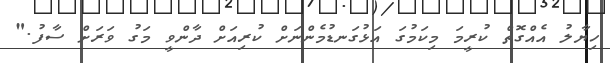
ހިޔާލު އެއްގޮތް ކުރީމަ މިކަމުގަ އަޅުގަނޑުމެންނަށް ކުރިއަށް ދާންވީ މަގު ވަރަށް ސާފު."